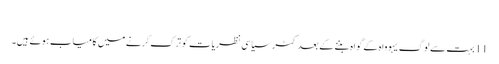
‏
11 بہت سے لوگ یہوواہ کے گواہ بننے کے بعد کٹر سیاسی نظریات کو ترک کرنے میں کامیاب ہوئے ہیں۔